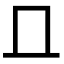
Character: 𠀃